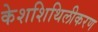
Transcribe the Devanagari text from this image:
केशशिथिलीकरण